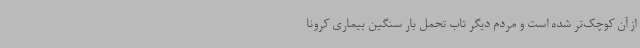
از آن کوچک‌تر شده است و مردم دیگر تاب تحمل بار سنگین بیماری کرونا